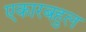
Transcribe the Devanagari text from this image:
एकारबहुल